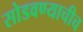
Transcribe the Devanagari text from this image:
सोडवण्याचीच